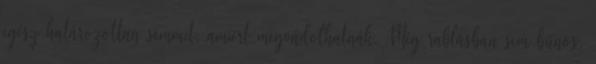
egész határozottan semmit, amiért megvádolhatnák. Még rablásban sem bűnös,